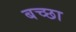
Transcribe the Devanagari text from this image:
बच्छा